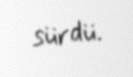
sürdü.